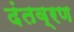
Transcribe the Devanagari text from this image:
दंतव्रण